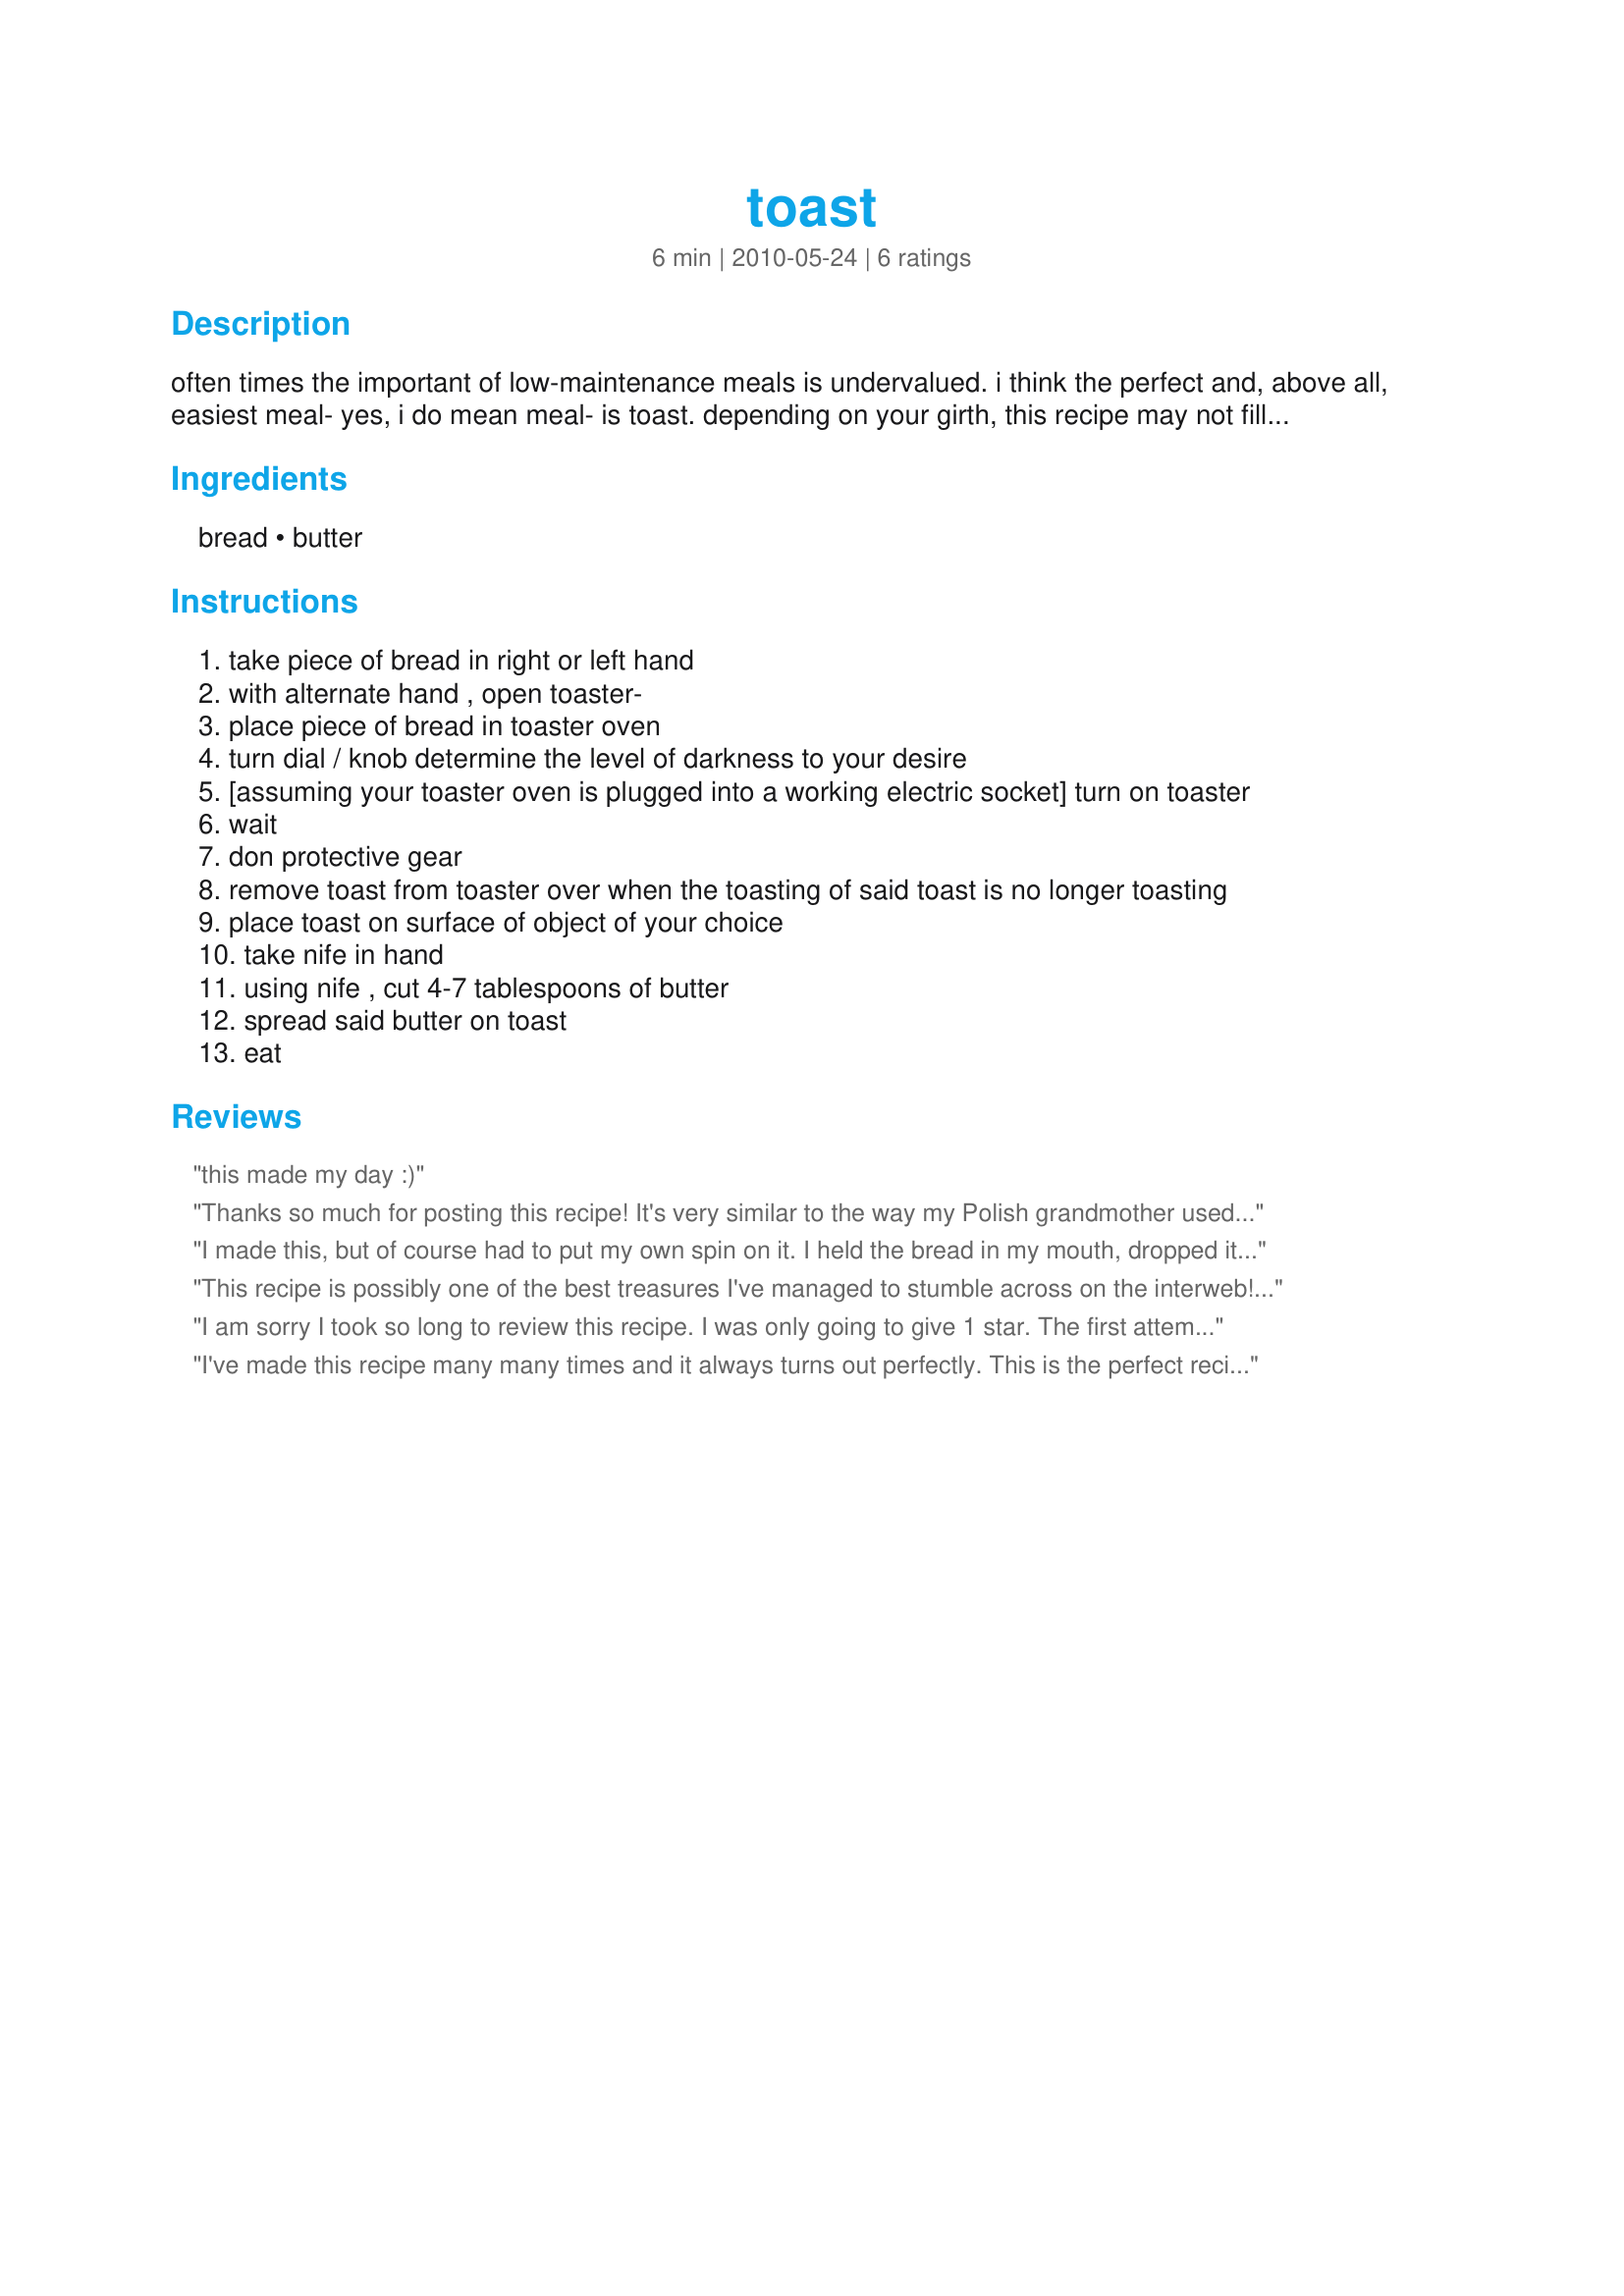
toast
Preparation time: 6 minutes

often times the important of low-maintenance meals is undervalued. i think the perfect and, above all, easiest meal- yes, i do mean meal- is toast. depending on your girth, this recipe may not fill you, so feel free to double, dare i say, triple this recipe according to your hunger. this is a time-honored family recipe that i hope you enjoy. i know i do!

Ingredients:
bread, butter

Steps:
take piece of bread in right or left hand
with alternate hand , open toaster-
place piece of bread in toaster oven
turn dial / knob determine the level of darkness to your desire
[assuming your toaster oven is plugged into a working electric socket] turn on toaster
wait
don protective gear
remove toast from toaster over when the toasting of said toast is no longer toasting
place toast on surface of object of your choice
take nife in hand
using nife , cut 4-7 tablespoons of butter
spread said butter on toast
eat

Reviews:
this made my day :)
Thanks so much for posting this recipe! It's very similar to the way my Polish grandmother used to make toast but after her death in 1989, the recipe was lost (tragically, along with her recipe for boiling eggs). Thanks again, TMAC! It's almost like my babcia was with us again!
I made this, but of course had to put my own spin on it. I held the bread in my mouth, dropped it into the toaster and pushed the toaster button down with my elbow. No hands! Otherwise, followed directions.
This recipe is possibly one of the best treasures I've managed to stumble across on the interweb! I made it for my kids and my ex-wife the other day, and now me and my, formerly, ex-wife are back together! No lie, this toast is a miracle-worker!
I am sorry I took so long to review this recipe. I was only going to give 1 star. The first attempt was an utter failure. I made it almost exactly as stated but with the following substitutions... I didn't have any actual Bread in the house but I did find a piece of cardboard that I cut to the required dimensions. My toasting device doesn't have a door on it, only slots on the top, so it took a while to figure out which hand to use. Seeing as the cardboard was already brown I decided I could skip that step. I also found I was out of butter so I scrounged up some glue and applied that liberally. The smell was a bit off and it looked a bit chewy so I couldn't see myself eating it so I used it to patch the hole in the cabinet to keep the mice from eating my bread and butter.<br/>After returning from the store I made the recipe EXACTLY as stated and it was wonderful. 5 stars for you. Keep up the good work I await your next culinary creation. :D
I've made this recipe many many times and it always turns out perfectly. This is the perfect recipe to give to your grown children when they leave the nest.
Thanks for sharing, lol.
